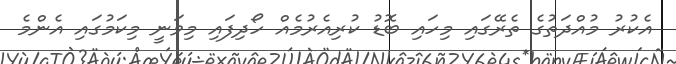
އެކުރު މުއްދަތުގެ ތެރޭގައި މިހައި ބޮޑު ކުރިއެރުމެއް ހޯދިފައި މިވަނީ މިކަމުގައި އެންމެ